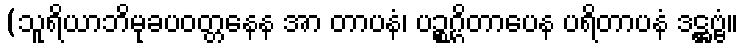
(သူရိယာဘိမုခပဝတ္တနေန အာ တာပနံ၊ ပဉ္စဂ္ဂိတာပေန ပရိတာပနံ ဒဋ္ဌဗ္ဗံ။